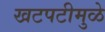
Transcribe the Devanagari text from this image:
खटपटीमुळे